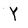
Character: Y